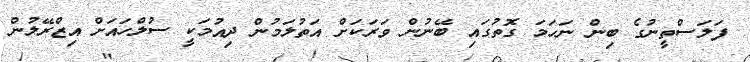
ފަލަސްތީނުގެ ބިން ނަހަމަ ގޮތުގައި ބޭނުން ވަރަކަށް އަތުލަމުން ދިއުމަކީ ސުލްހައަށް އިޒްރޭލުން